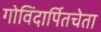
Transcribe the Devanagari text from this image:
गोविंदार्पितचेता